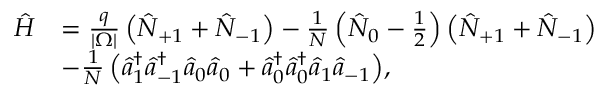
\begin{array} { r l } { \hat { H } } & { = \frac { q } { | \Omega | } \left( \hat { N } _ { + 1 } + \hat { N } _ { - 1 } \right) - \frac { 1 } { N } \left( \hat { N } _ { 0 } - \frac { 1 } { 2 } \right) \left( \hat { N } _ { + 1 } + \hat { N } _ { - 1 } \right) } \\ & { - \frac { 1 } { N } \left( \hat { a } _ { 1 } ^ { \dagger } \hat { a } _ { - 1 } ^ { \dagger } \hat { a } _ { 0 } \hat { a } _ { 0 } + \hat { a } _ { 0 } ^ { \dagger } \hat { a } _ { 0 } ^ { \dagger } \hat { a } _ { 1 } \hat { a } _ { - 1 } \right) \! , } \end{array}